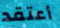
أعتقد